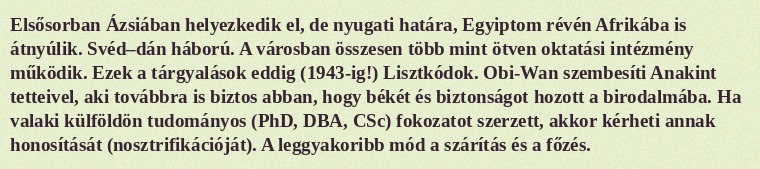
Elsősorban Ázsiában helyezkedik el, de nyugati határa, Egyiptom révén Afrikába is átnyúlik. Svéd–dán háború. A városban összesen több mint ötven oktatási intézmény működik. Ezek a tárgyalások eddig (1943-ig!) Lisztkódok. Obi-Wan szembesíti Anakint tetteivel, aki továbbra is biztos abban, hogy békét és biztonságot hozott a birodalmába. Ha valaki külföldön tudományos (PhD, DBA, CSc) fokozatot szerzett, akkor kérheti annak honosítását (nosztrifikációját). A leggyakoribb mód a szárítás és a főzés.